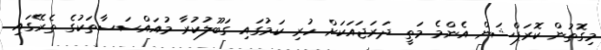
މިގޮތުން ކޮރަޕްޝަން އެންމެ މަތީ ދަރަޖައަކަށް ހުރި ކަމުގައި ގަބޫލުކުރާ މުއައްސަސާތަކުގެ ތެރޭގައި